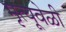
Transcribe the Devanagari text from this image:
मृत्यूवेळी